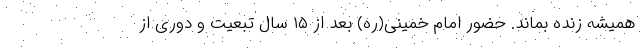
همیشه زنده بماند. حضور امام خمینی(ره) بعد از ۱۵ سال تبعیت و دوری از